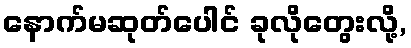
နောက်မဆုတ်ပေါင် ခုလိုတွေးလို့,